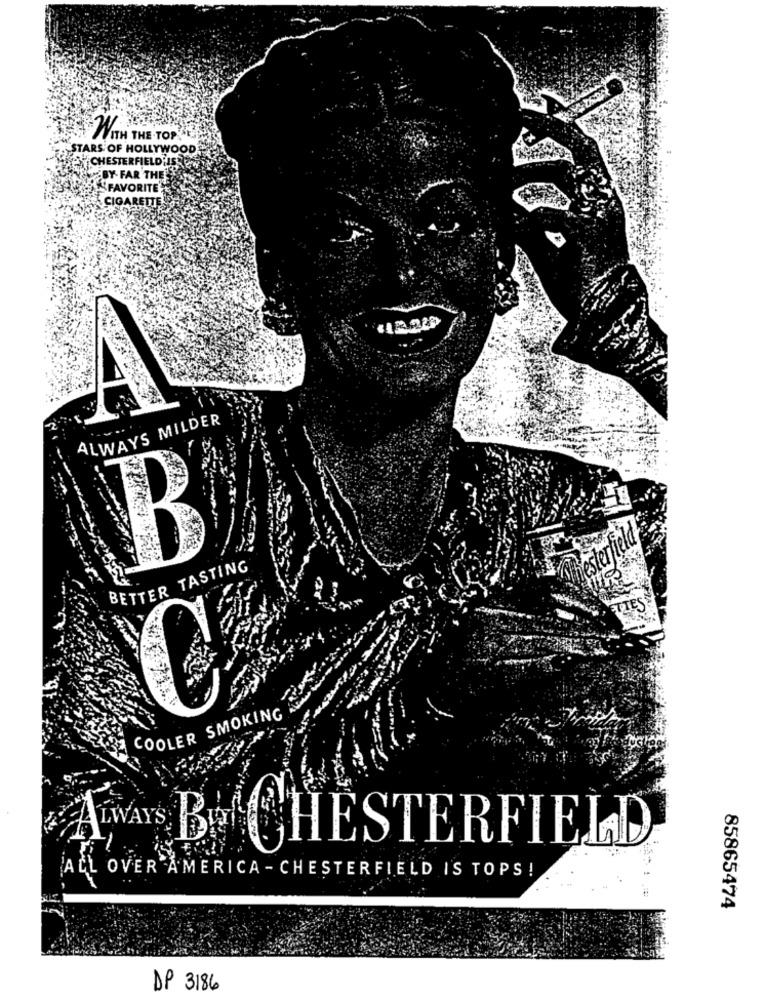
WITH THE TOP
STARS OF HOLLYWOOD
-BY- FAR THE
SFAVORITE
CIGARETTE
ALWAYS MILDER
B
mester
BETTER TASTING
ETTES
COOLER SMOKING
Aways Bof CHESTERFIELD
ALL OVER AMERICA - CHESTERFIELD IS TOPS !
85865474
DP 3186